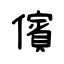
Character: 儐